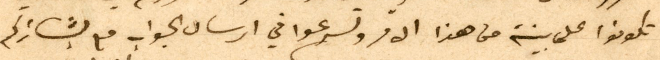
تكونوا على بينة من هذا الامر وتسرعوا في ارسال الجواب مع بشائركم